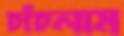
চাঁচলাম